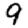
Digit: 9